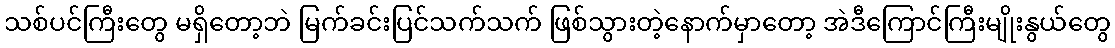
သစ်ပင်ကြီးတွေ မရှိတော့ဘဲ မြက်ခင်းပြင်သက်သက် ဖြစ်သွားတဲ့နောက်မှာတော့ အဲဒီကြောင်ကြီးမျိုးနွယ်တွေ